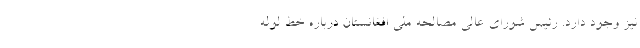
نیز وجود دارد. رئیس شورای عالی مصالحه ملی افغانستان درباره خط لوله